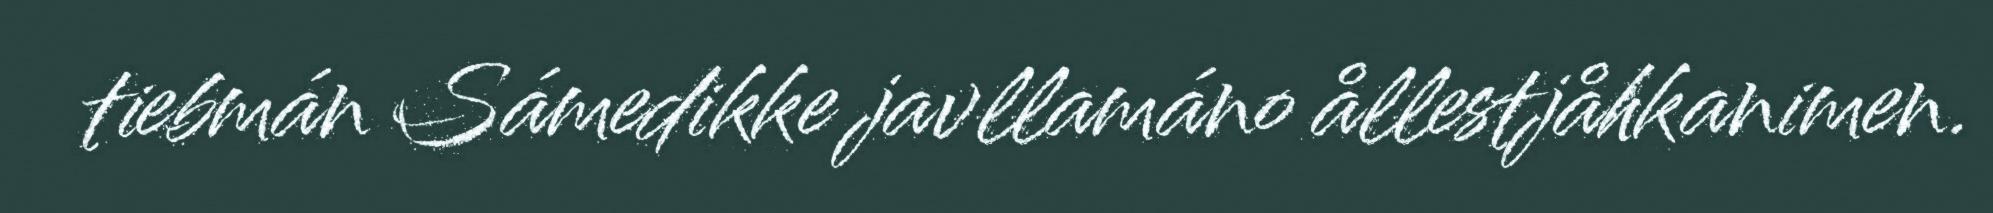
tiebmán Sámedikke javllamáno ållestjåhkanimen.